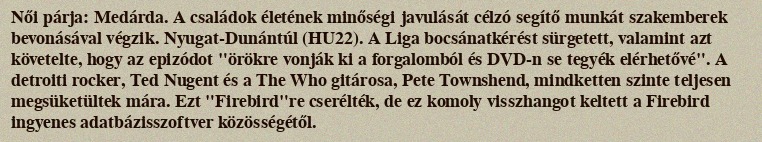
Női párja: Medárda. A családok életének minőségi javulását célzó segítő munkát szakemberek bevonásával végzik. Nyugat-Dunántúl (HU22). A Liga bocsánatkérést sürgetett, valamint azt követelte, hogy az epizódot "örökre vonják ki a forgalomból és DVD-n se tegyék elérhetővé". A detroiti rocker, Ted Nugent és a The Who gitárosa, Pete Townshend, mindketten szinte teljesen megsüketültek mára. Ezt "Firebird"re cserélték, de ez komoly visszhangot keltett a Firebird ingyenes adatbázisszoftver közösségétől.